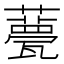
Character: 𧂛